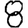
Digit: 8